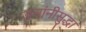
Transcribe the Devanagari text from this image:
डचांनीसुद्धा